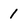
Character: 1